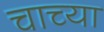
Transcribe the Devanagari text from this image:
चाच्या